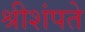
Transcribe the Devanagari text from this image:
श्रीशंपते